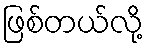
ဖြစ်တယ်လို့